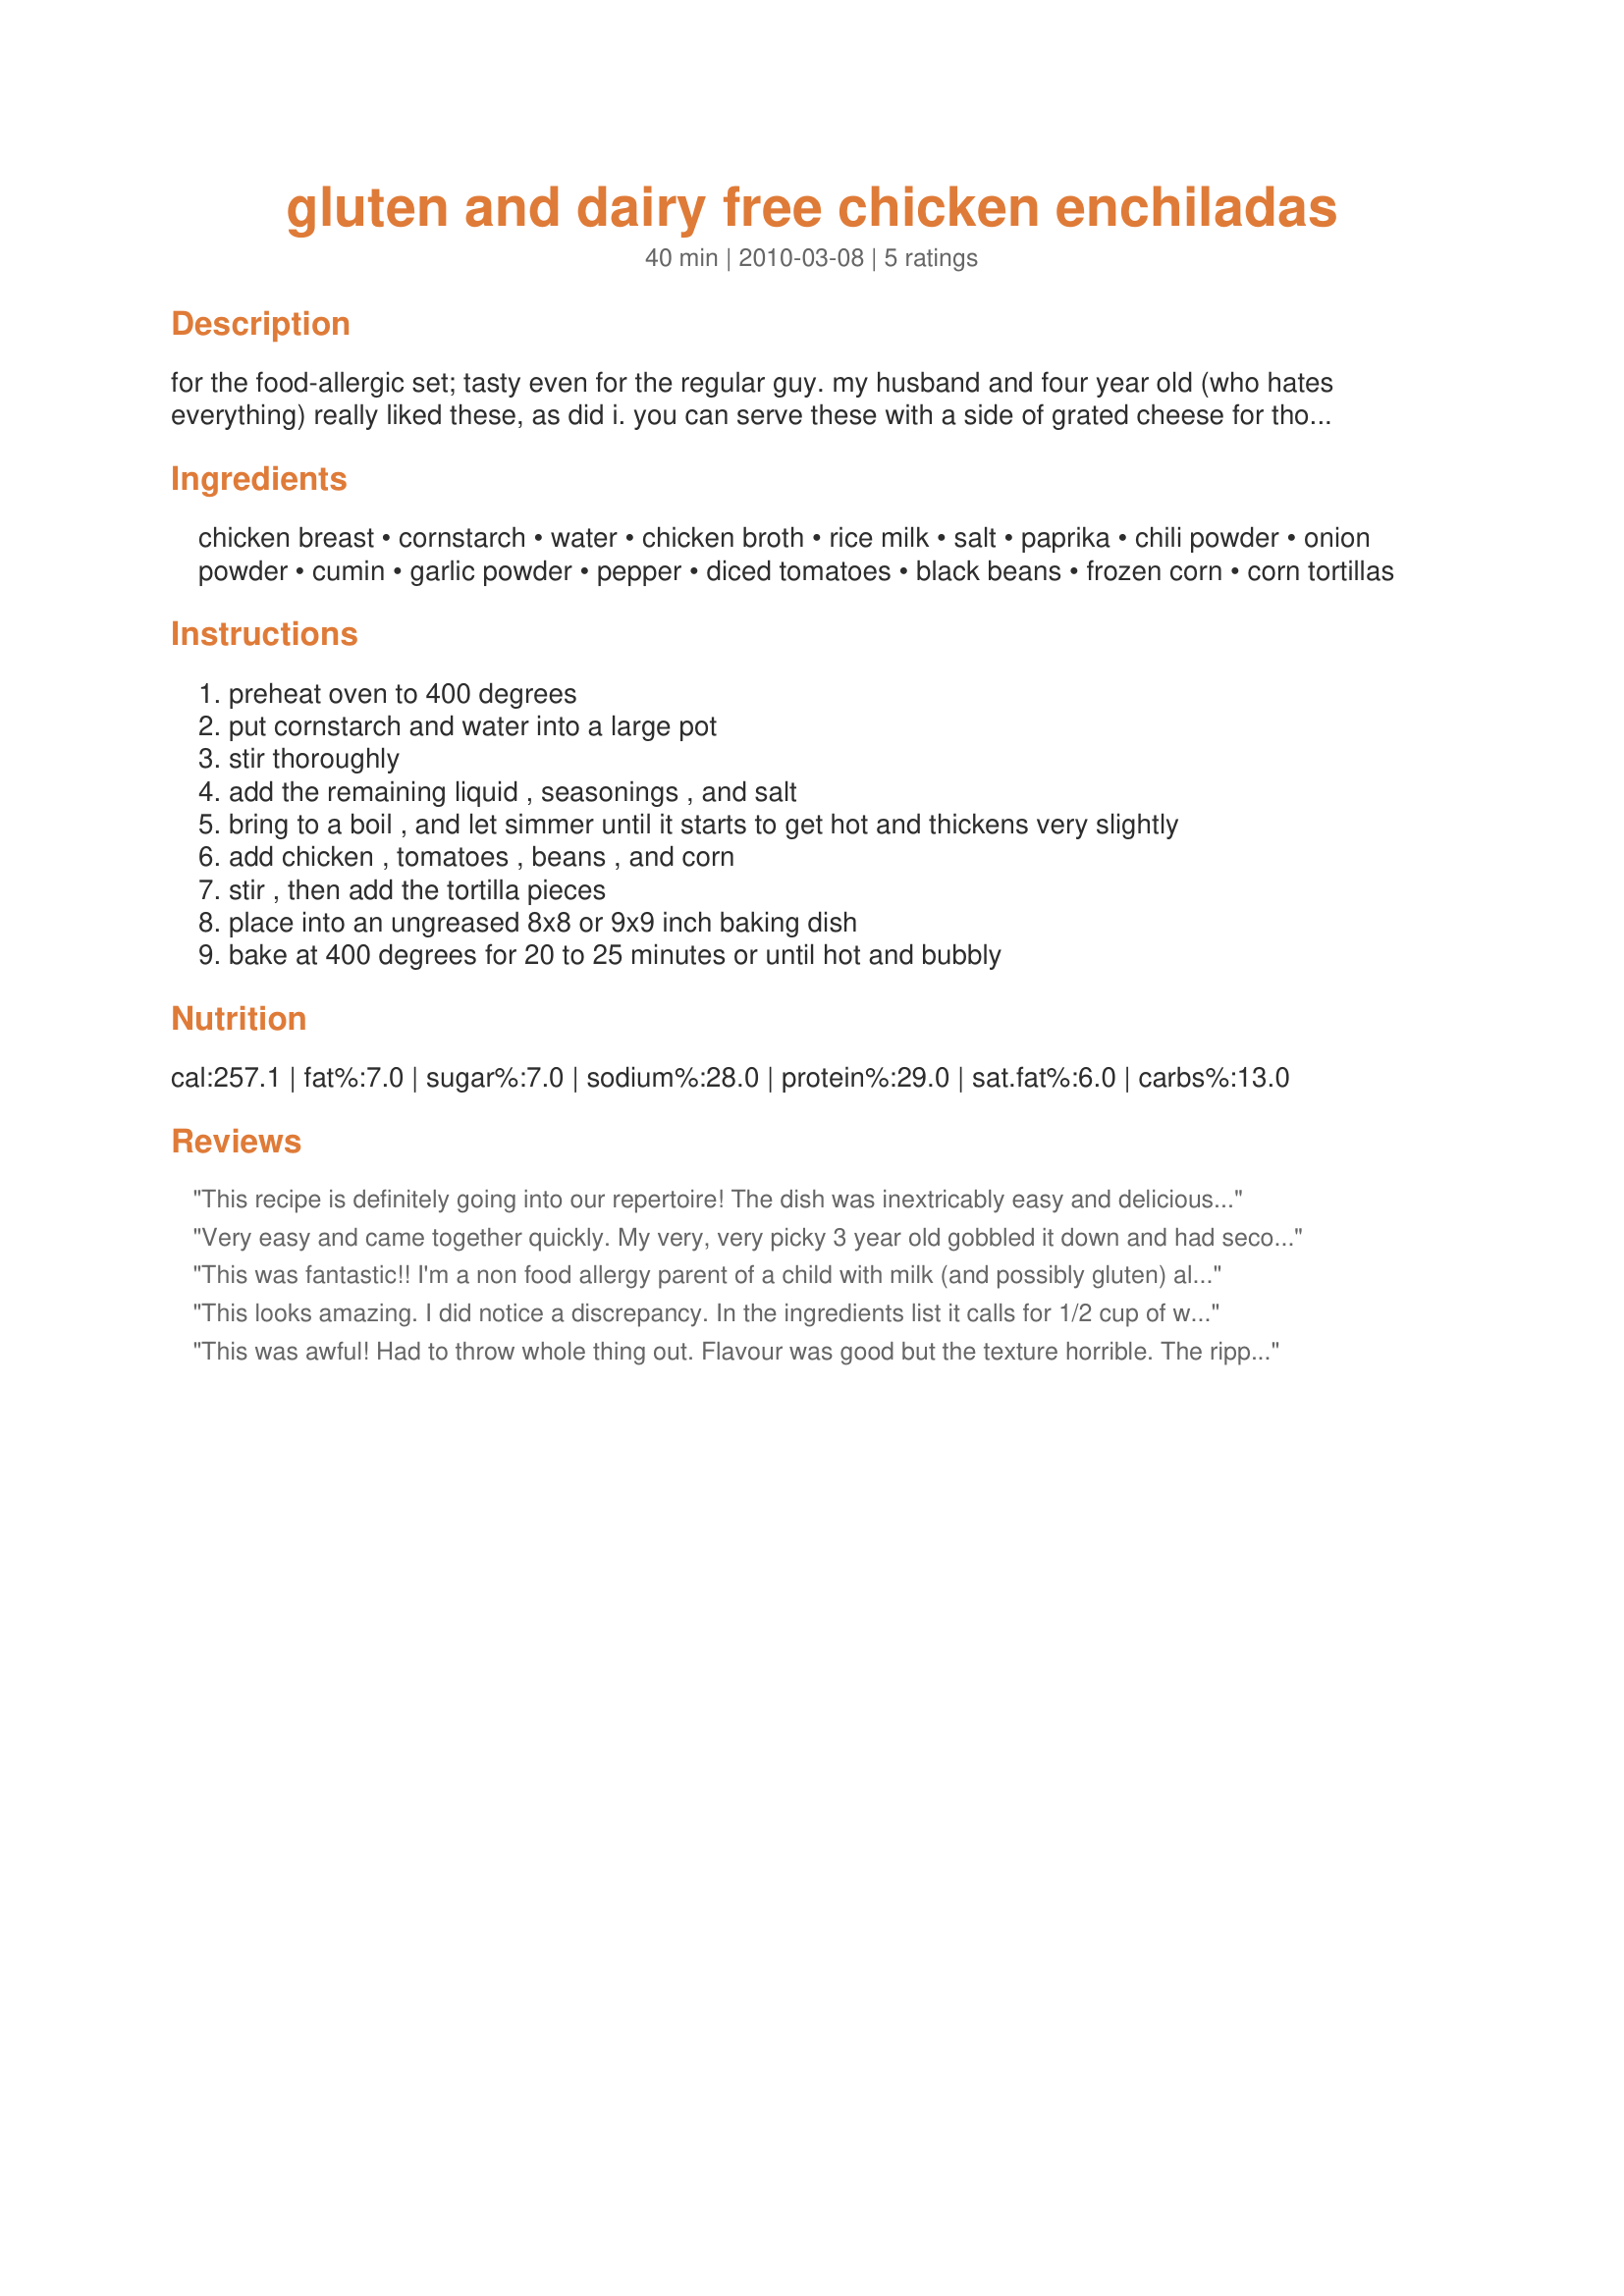
gluten and dairy free chicken enchiladas
Preparation time: 40 minutes

for the food-allergic set; tasty even for the regular guy. my husband and four year old (who hates everything) really liked these, as did i. you can serve these with a side of grated cheese for those who are able to have it. this sounds a little odd when you are following the directions, but it turns out amazing, i promise.

Ingredients:
chicken breast, cornstarch, water, chicken broth, rice milk, salt, paprika, chili powder, onion powder, cumin, garlic powder, pepper, diced tomatoes, black beans, frozen corn, corn tortillas

Steps:
preheat oven to 400 degrees
put cornstarch and water into a large pot
stir thoroughly
add the remaining liquid , seasonings , and salt
bring to a boil , and let simmer until it starts to get hot and thickens very slightly
add chicken , tomatoes , beans , and corn
stir , then add the tortilla pieces
place into an ungreased 8x8 or 9x9 inch baking dish
bake at 400 degrees for 20 to 25 minutes or until hot and bubbly

Reviews:
This recipe is definitely going into our repertoire! The dish was inextricably easy and delicious! We used almond milk, rather than rice or soy. I was a little worried about the nuttiness of the almond milk being an issue, but it melded with the flavors perfectly. Laura, you were right, it does seem a little odd as the process unravels, but the outcome is nothing short of amazing! Made for PAC Spring 2010 :)
Very easy and came together quickly. My very, very picky 3 year old gobbled it down and had seconds - woah!! I think the chicken stock used may be why this didn't turn out to be 5 stars. Will try different brand next time. Still very good.
This was fantastic!! I'm a non food allergy parent of a child with milk (and possibly gluten) allergies. It is extremely difficult to find great tasting meals that I enjoy which he can eat. This is definitely going to be in my standard line up!<br/>I followed the recipe almost exactly. My only change was to use a can of cilantro lime Rotel in place of the tomatoes. I also think that I used more chicken than was called for, about 3 cups chopped.<br/>I thought I would need to add cheese to mine when I pulled it out of the oven, but I'm glad that I didn't! It thickened well and had a nice balance of flavor. It was a little spicy due to the Rotel, but overall an amazing entree.
This looks amazing. I did notice a discrepancy. In the ingredients list it calls for 1/2 cup of water and 2 cups of chicken broth. There is no mention of the broth in the directions. This was likely the cause of the sloppiness mentioned by the other reviewer nataliehoy. I do believe I will add more chicken and reduce the liquids for a bit longer. For my hoard, I will have to at least double the recipe. It seems like a fairly forgiving combination. Thanks for sharing!
This was awful! Had to throw whole thing out. Flavour was good but the texture horrible. The ripped up fajitas were extremely soggy. There was way too much liquid. Tried to cook longer but never thicken and was just a sloppy mess.
